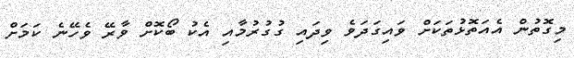
މިގޮތުން އެއަތޮޅުތަކަށް ވައިގަދަވެ ވިދައި ގުގުރުމާއި އެކު ބޯކޮށް ވާރޭ ވެހޭނެ ކަމަށް